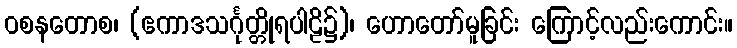
ဝစနတောစ၊ (ဧကာဒသင်္ဂုတ္တိုရပါဠိ၌)၊ ဟောတော်မူခြင်း ကြောင့်လည်းကောင်း။